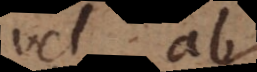
vel ab